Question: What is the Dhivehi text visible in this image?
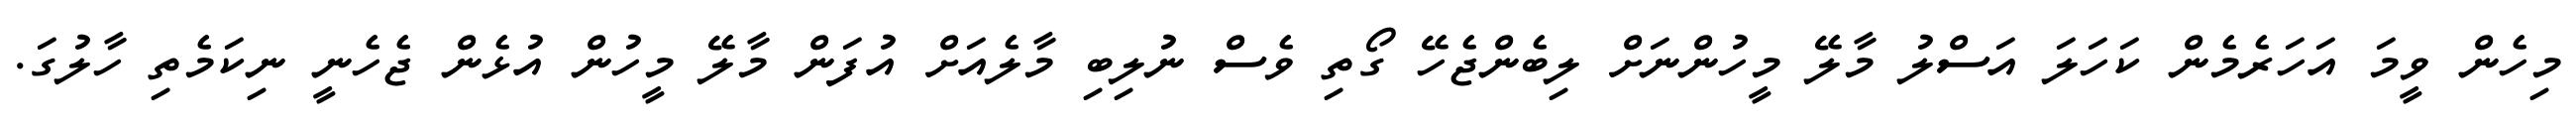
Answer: މިހެން ވީމަ އަހަރެމެން ކަހަލަ އަސްލު މާލޭ މީހުންނަށް ލިބެންޖެހޭ ގޯތި ވެސް ނުލިބި މާލެއަށް އުފަން މާލޭ މީހުން އުޅެން ޖެހެނީ ނިކަމެތި ހާލުގަ.